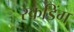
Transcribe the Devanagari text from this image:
स्कडिंग